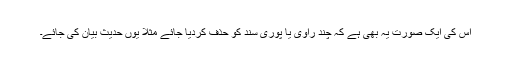
اس کی ایک صورت یہ بھی ہے کہ چند راوی یا پوری سند کو حذف کردیا جائے مثلا یوں حدیث بیان کی جائے۔